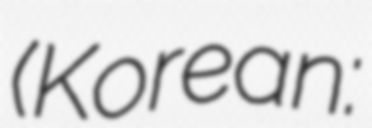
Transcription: (Korean: